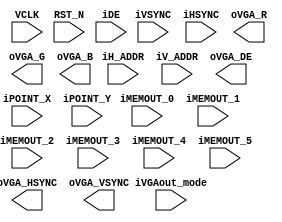
// -----------------------------------------------------------------------------
//  Title         : TEST_PATTERN_GENERATOR
//  Project       : EyeTracker
// -----------------------------------------------------------------------------
//  Last modified : 
// -----------------------------------------------------------------------------
//  Description   : Modified this file from original VGAout to improve readability.
// -----------------------------------------------------------------------------
//  Copyright (C) 2017 K.Ishiwatari All Rights Reserved.
// -----------------------------------------------------------------------------

`timescale  1ns/1ps

module TEST_PAT_GEN #(
    parameter   PARAM_WIDTH = 10,
    parameter   ADDR_WIDTH  = 11,
    parameter   HACTIVE     = 640,
    parameter   VACTIVE     = 480,
    parameter   PIXEL_WIDTH = 8
) (
    // 
    input   wire                            VCLK,
    input   wire                            RST_N,
    //
    input   wire                            iVSYNC,
    input   wire                            iHSYNC,
    input   wire                            iDE,
    //
    input   wire    [ADDR_WIDTH -1: 0]      iH_ADDR,
    input   wire    [ADDR_WIDTH -1: 0]      iV_ADDR,
    //
    input   wire    [HACTIVE -1: 0]         iMEMOUT_0,
    input   wire    [HACTIVE -1: 0]         iMEMOUT_1,  // for VGA out
    input   wire    [HACTIVE -1: 0]         iMEMOUT_2,  // for VGA out
    input   wire    [HACTIVE -1: 0]         iMEMOUT_3,  // for VGA out
    input   wire    [HACTIVE -1: 0]         iMEMOUT_4,  // for VGA out
    input   wire    [HACTIVE -1: 0]         iMEMOUT_5,  // for VGA out
    //
    input   wire                            iVGAout_mode,
    //
    input   wire    [ADDR_WIDTH -1: 0]      iPOINT_X,
    input   wire    [ADDR_WIDTH -1: 0]      iPOINT_Y,
    //
    output  wire                            oVGA_HSYNC,
    output  wire                            oVGA_VSYNC,
    output  wire                            oVGA_DE,
    //
    output  reg     [PIXEL_WIDTH -1: 0]     oVGA_R,
    output  reg     [PIXEL_WIDTH -1: 0]     oVGA_G,
    output  reg     [PIXEL_WIDTH -1: 0]     oVGA_B
);

endmodule